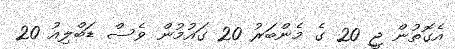
އެގޮތުން ޖީ 20 ގެ މެންބަރު 20 ގައުމުން ވެސް ޑަބްލިއު 20